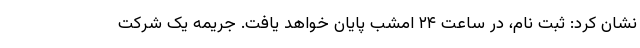
نشان کرد: ثبت نام، در ساعت ۲۴ امشب پایان خواهد یافت. جریمه یک شرکت